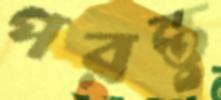
পরন্তু